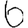
Digit: 6